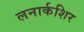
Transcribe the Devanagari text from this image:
लनार्कशिर